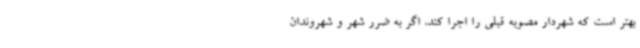
بهتر است که شهردار مصوبه قبلی را اجرا کند، اگر به ضرر شهر و شهروندان